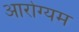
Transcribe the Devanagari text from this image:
आरोग्यम